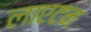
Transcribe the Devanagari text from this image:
लाएटन